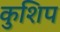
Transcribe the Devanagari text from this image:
कुशिप